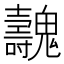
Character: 魗